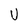
Character: U